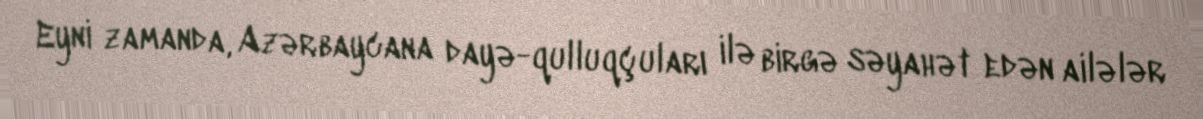
Eyni zamanda, Azərbaycana dayə-qulluqçuları ilə birgə səyahət edən ailələr